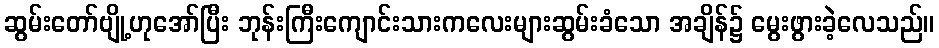
ဆွမ်းတော်ဗျို့ဟုအော်ပြီး ဘုန်းကြီးကျောင်းသားကလေးများဆွမ်းခံသော အချိန်၌ မွေးဖွားခဲ့လေသည်။